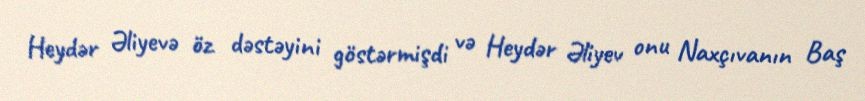
Heydər Əliyevə öz dəstəyini göstərmişdi və Heydər Əliyev onu Naxçıvanın Baş